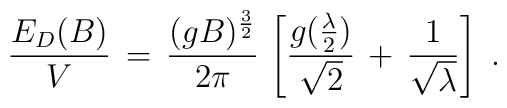
\frac{E_D (B)}{V} \, = \, \frac{(gB)^{\frac{3}{2}}}{2 \pi}\, \left[ \frac{g(\frac{\lambda}{2})}{\sqrt{2}}   \, + \, \frac{1}{ \sqrt{\lambda}}   \right] \; .